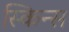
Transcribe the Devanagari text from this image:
स्किन्स